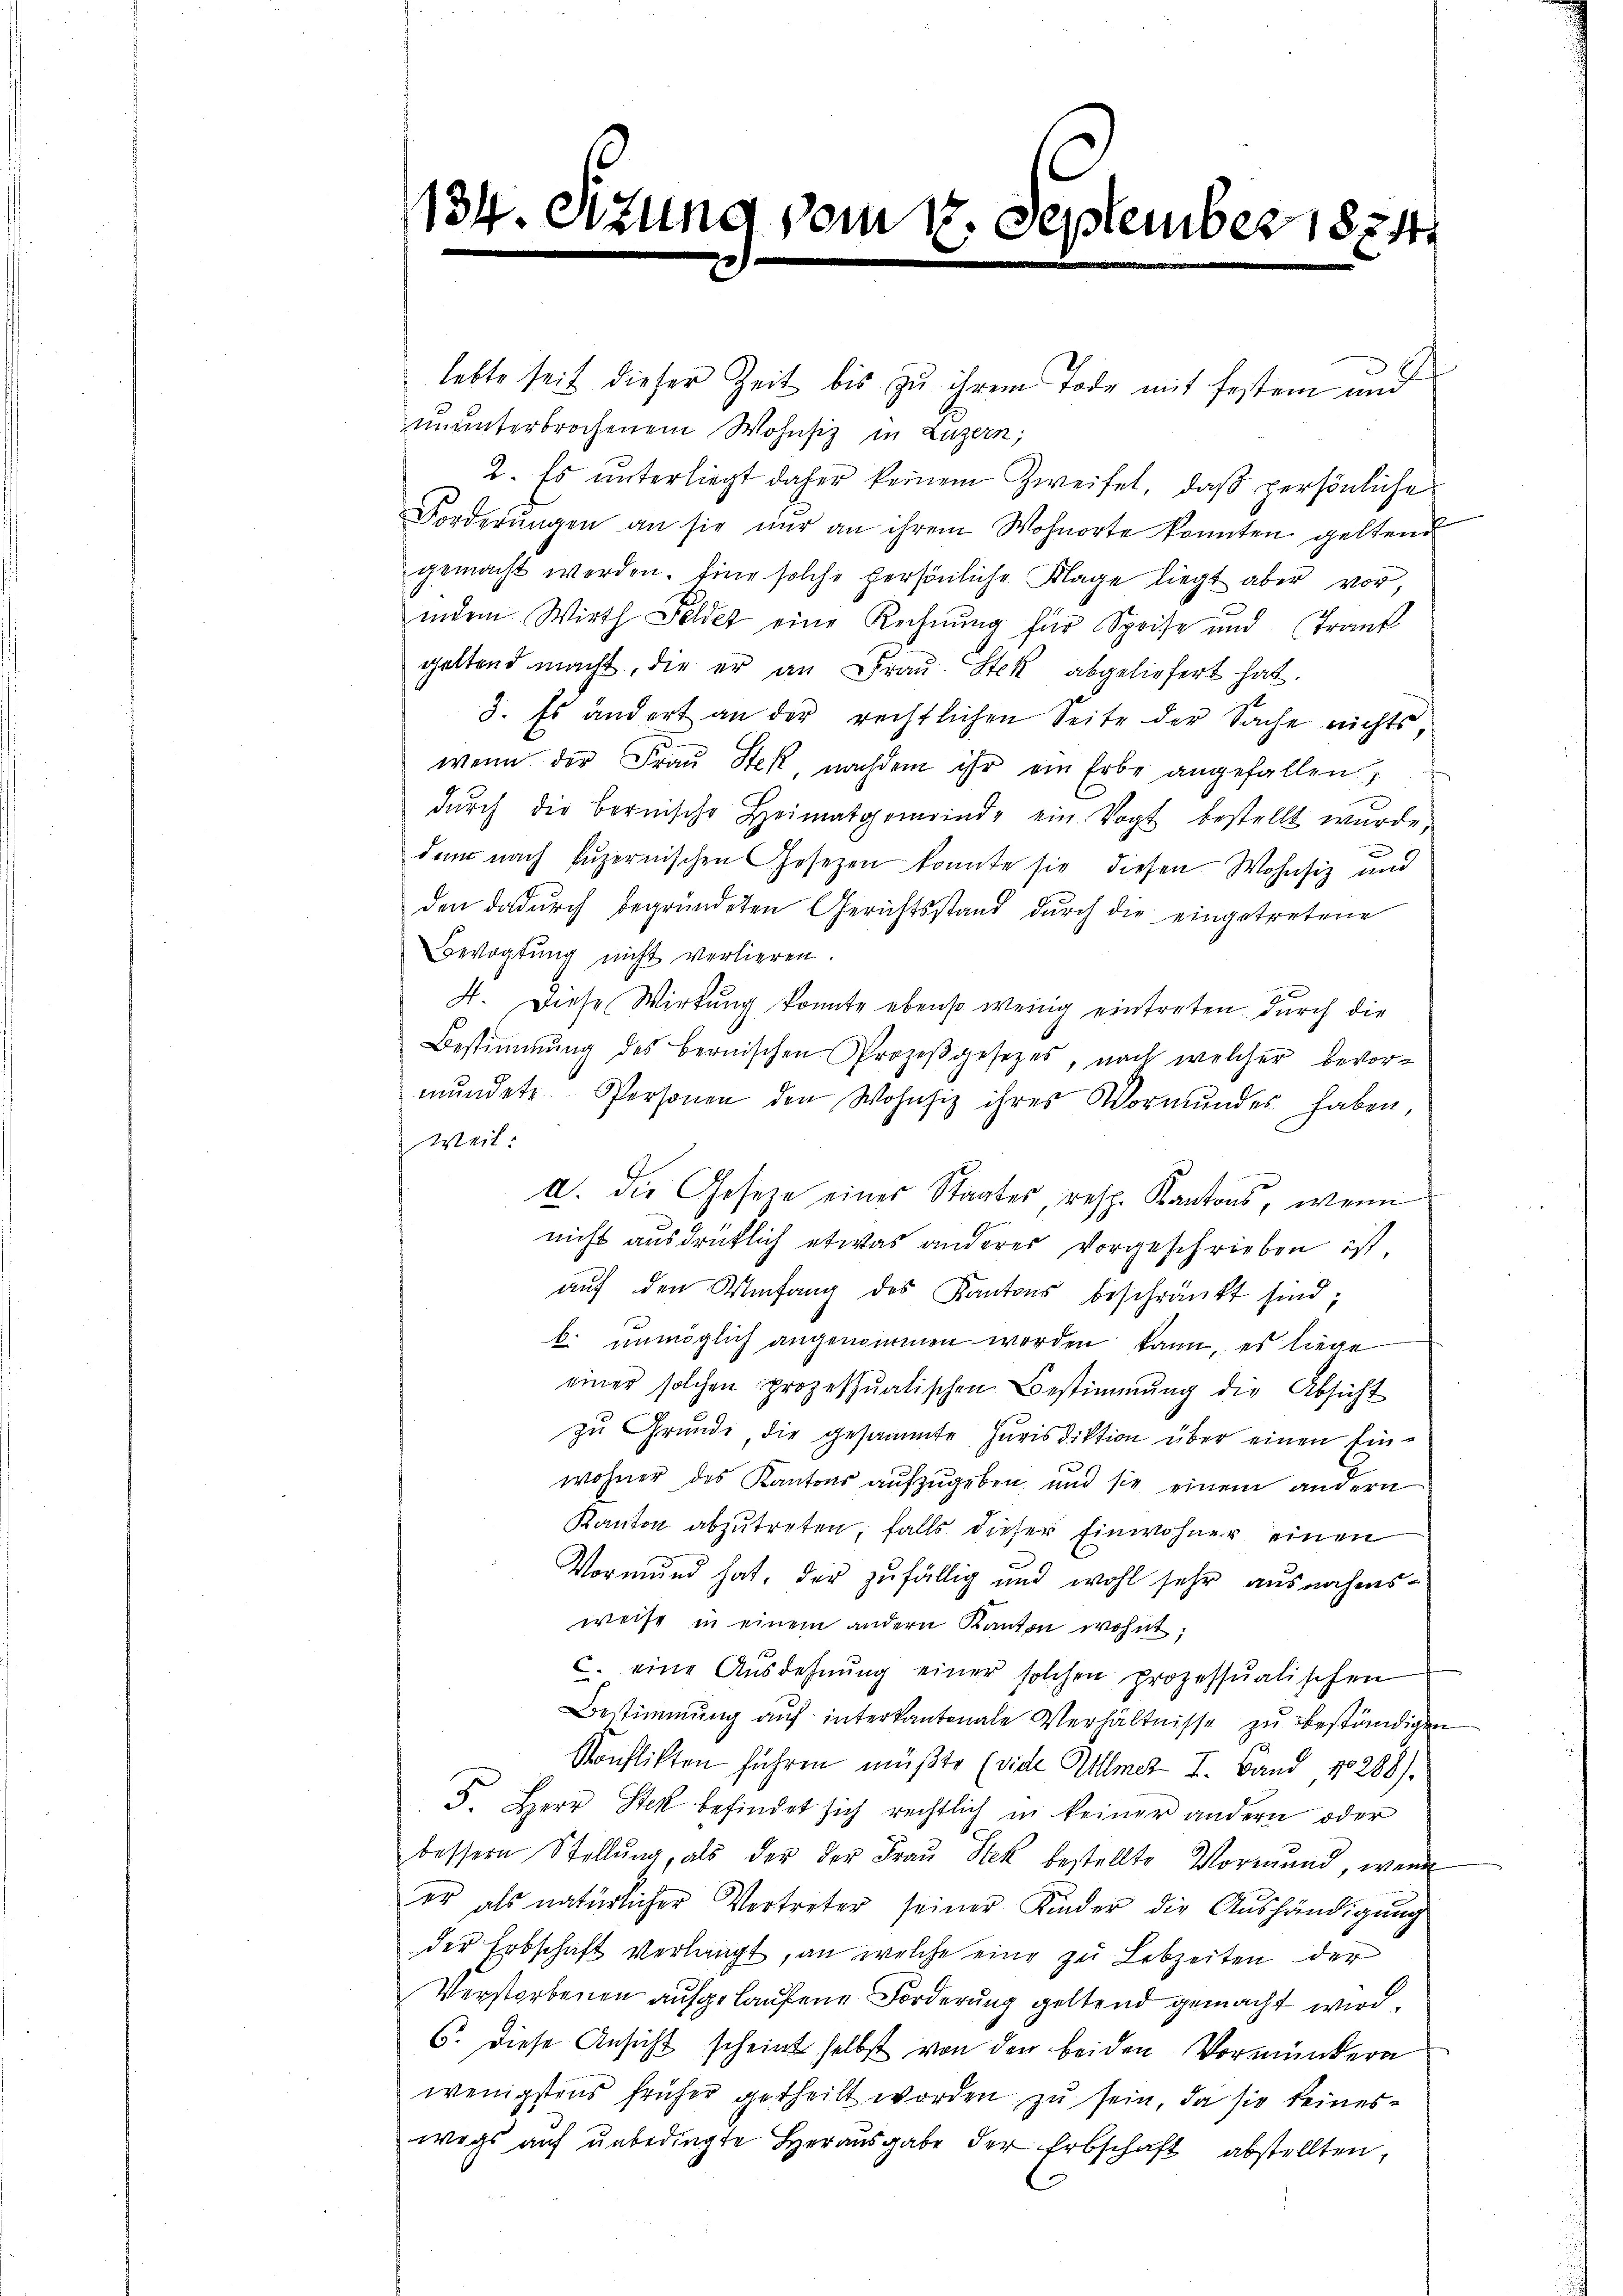
lebte seit dieser Zeit bis zu ihrem Tode mit festem und
ununterbrochenem Wohnsiz in Luzern,
2. Es unterliegt daher keinem Zweifel, daß persönliche
Forderŭngen an sie nur an ihrem Wohnorte konnten geltend
gemacht werden. Eine solche persönliche Klage liegt aber vor,
indem Wirth Feldet eine Rechnung für Speise und Trank
geltend macht, die er an Frau Stek abgeliefert hat.
3. Es ändert an der rechtlichen Seite der Sache nichts
wenn der Frau Stek, nachdem ihr ein Erbe angefallen,
dŭrch die bernische Heimatgemeinde ein Vogt bestellt wurde,
dem nach Puzernischen Gesetzen konnte sie diesen Wohnsiz und
den dadurch begründeten Gerichtsstand durch die eingetretene
Bevogtung nicht verlieren.
4. Diese Wirtung konnte ebenso wenig eintreten, durch die
Bestimmung des bernischen Prozeβgesetzes, nach welcher bevor-
mŭndete. Personen den Wohnsiz ihres Wormŭndes haben,
Weit
I. die Gesetze eines Staates, resp. Kantons, wenn
nicht ausdrücklich etwas anderes vorgeschrieben ist,
aŭf den Umfang des Kantons beschränkt sind;
b. unmöglich angenommen werden kann, es liege
einer solchen prozessŭatischen Bestimmung die Absicht
zu Grunde, die gesammte Jurisdiktion über einen Einwohner des Kantons aufzugeben, und sie einem andern
Kanton abzutreten, falls dieser Einwohner einen
Vormund hat, der zufällig und wohl sehr ausnahmsweise in einem andern Kanton wohnt;
c. eine Ausdehnung einer solchen prozessualischen
Bestimmung auf interkantonale Verhältnisse zu beständigen
Konflikten führen müßte (vide Allmer I. Band 10288).
5. Herr Stek befindet sich rechtlich in keiner andern oder
bessern Stellŭng, als der der Frau Stek bestellte Vormund, wenn
er als natürlicher Vertreter seiner Kinder die Aŭshändigŭng
der Erbschaft verlangt, an welche eine zu Lebzeiten der
Verstorbenen aufgelaufene Forderung geltend gemacht wird.
6. diese Ansicht scheint selbst von den beiden Vormundern
wenigstens früher getheilt worden zu sein, da sie keineswegs auf unbedingte Herausgabe der Erbschaft abstellten,

134. Sitzung vom 17. September 1874.